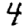
Digit: 4